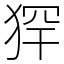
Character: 𤞶